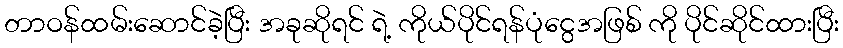
တာဝန်ထမ်းဆောင်ခဲ့ပြီး အခုဆိုရင် ရဲ့ ကိုယ်ပိုင်ရန်ပုံငွေအဖြစ် ကို ပိုင်ဆိုင်ထားပြီး